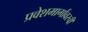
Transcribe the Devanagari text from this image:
प्रवेशमार्गावरची